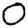
Digit: 0